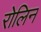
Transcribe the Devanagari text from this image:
रोलिन